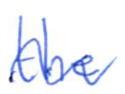
Text: the
Cross-out: wave
Writing tool: ballpoint